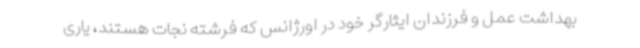
بهداشت عمل و فرزندان ایثارگر خود در اورژانس که فرشته نجات هستند، یاری